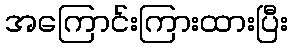
အကြောင်းကြားထားပြီး